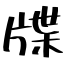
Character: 牒